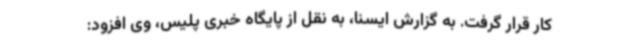
کار قرار گرفت. به گزارش ایسنا، به نقل از پایگاه خبری پلیس، وی افزود: